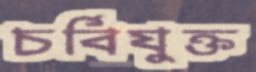
চর্বিযুক্ত